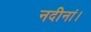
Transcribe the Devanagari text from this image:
नदीनां।